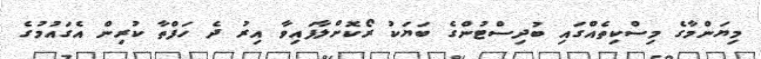
މިޔަންމާގެ މިސްކިތެއްގައި ބުދިސްޓުންގެ ބަޔަކު ރޯކޮށްލާފައިވާ އިރު ދެ ހަފްތާ ކުރިން އެގައުމުގެ